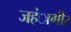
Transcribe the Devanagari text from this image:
जहंागीर